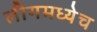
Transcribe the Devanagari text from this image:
लीगमध्येच